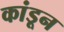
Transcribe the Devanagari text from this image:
कांडून